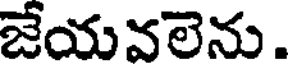
జేయవలెను.